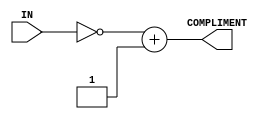
// Computer Architecture (CO224) - Lab 05
// Design: 2's Compliment Module
// Group Number : 17

`timescale  1ns/100ps
module twos_comp (IN, COMPLIMENT);
	input [7:0] IN;
	output reg [7:0] COMPLIMENT;
	reg [7:0] TEMP;
	
	always @(IN) begin
		TEMP = ~IN + 8'b00_000_001;
		#1 COMPLIMENT = TEMP;
	end
endmodule